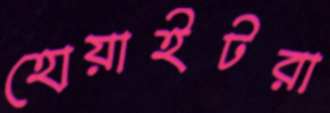
হোয়াইটরা